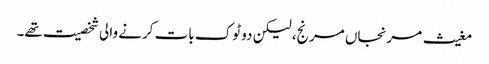
مغیث مرنجاں مرنج، لیکن دو ٹوک بات کرنے والی شخصیت تھے۔